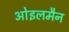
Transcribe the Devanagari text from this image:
ओइलमैन